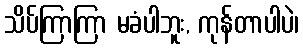
သိပ်ကြာကြာ မခံပါဘူး, ကုန်တာပါပဲ၊